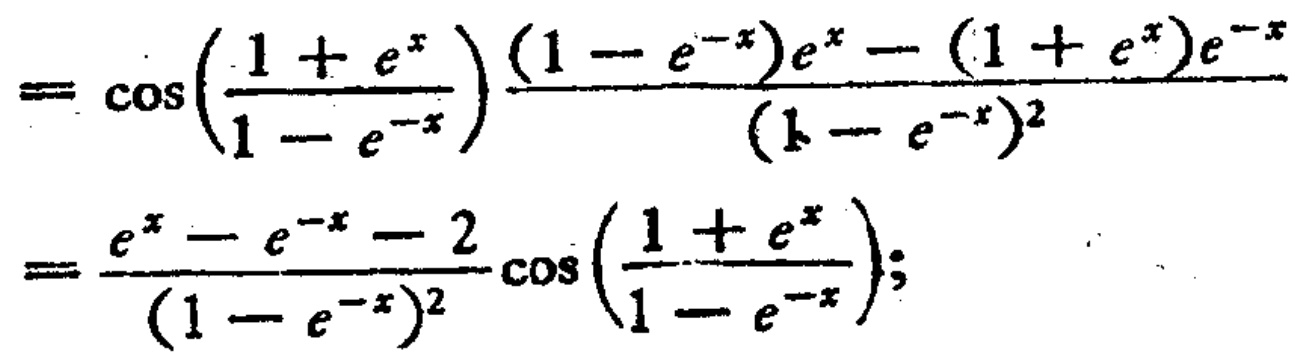
\[
\begin{align*}
&=\cos\left(\frac{1 + e^{x}}{1 - e^{-x}}\right)\frac{(1 - e^{-x})e^{x}-(1 + e^{x})e^{-x}}{(1 - e^{-x})^{2}}\\
&=\frac{e^{x}-e^{-x}-2}{(1 - e^{-x})^{2}}\cos\left(\frac{1 + e^{x}}{1 - e^{-x}}\right);
\end{align*}
\]